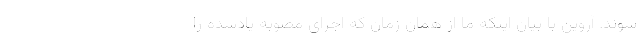
شوند. آروین با بیان اینکه ما از همان زمان که اجرای مصوبه یادشده را